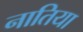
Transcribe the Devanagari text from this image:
नातिया